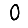
Digit: 0